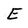
Character: E